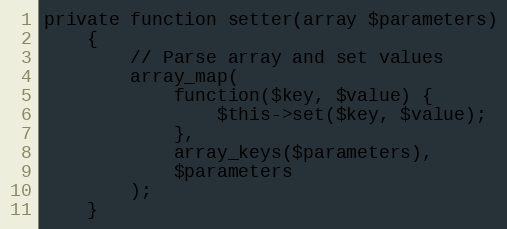
Language: PHP
private function setter(array $parameters)
    {
        // Parse array and set values
        array_map(
            function($key, $value) {
                $this->set($key, $value);
            },
            array_keys($parameters),
            $parameters
        );
    }